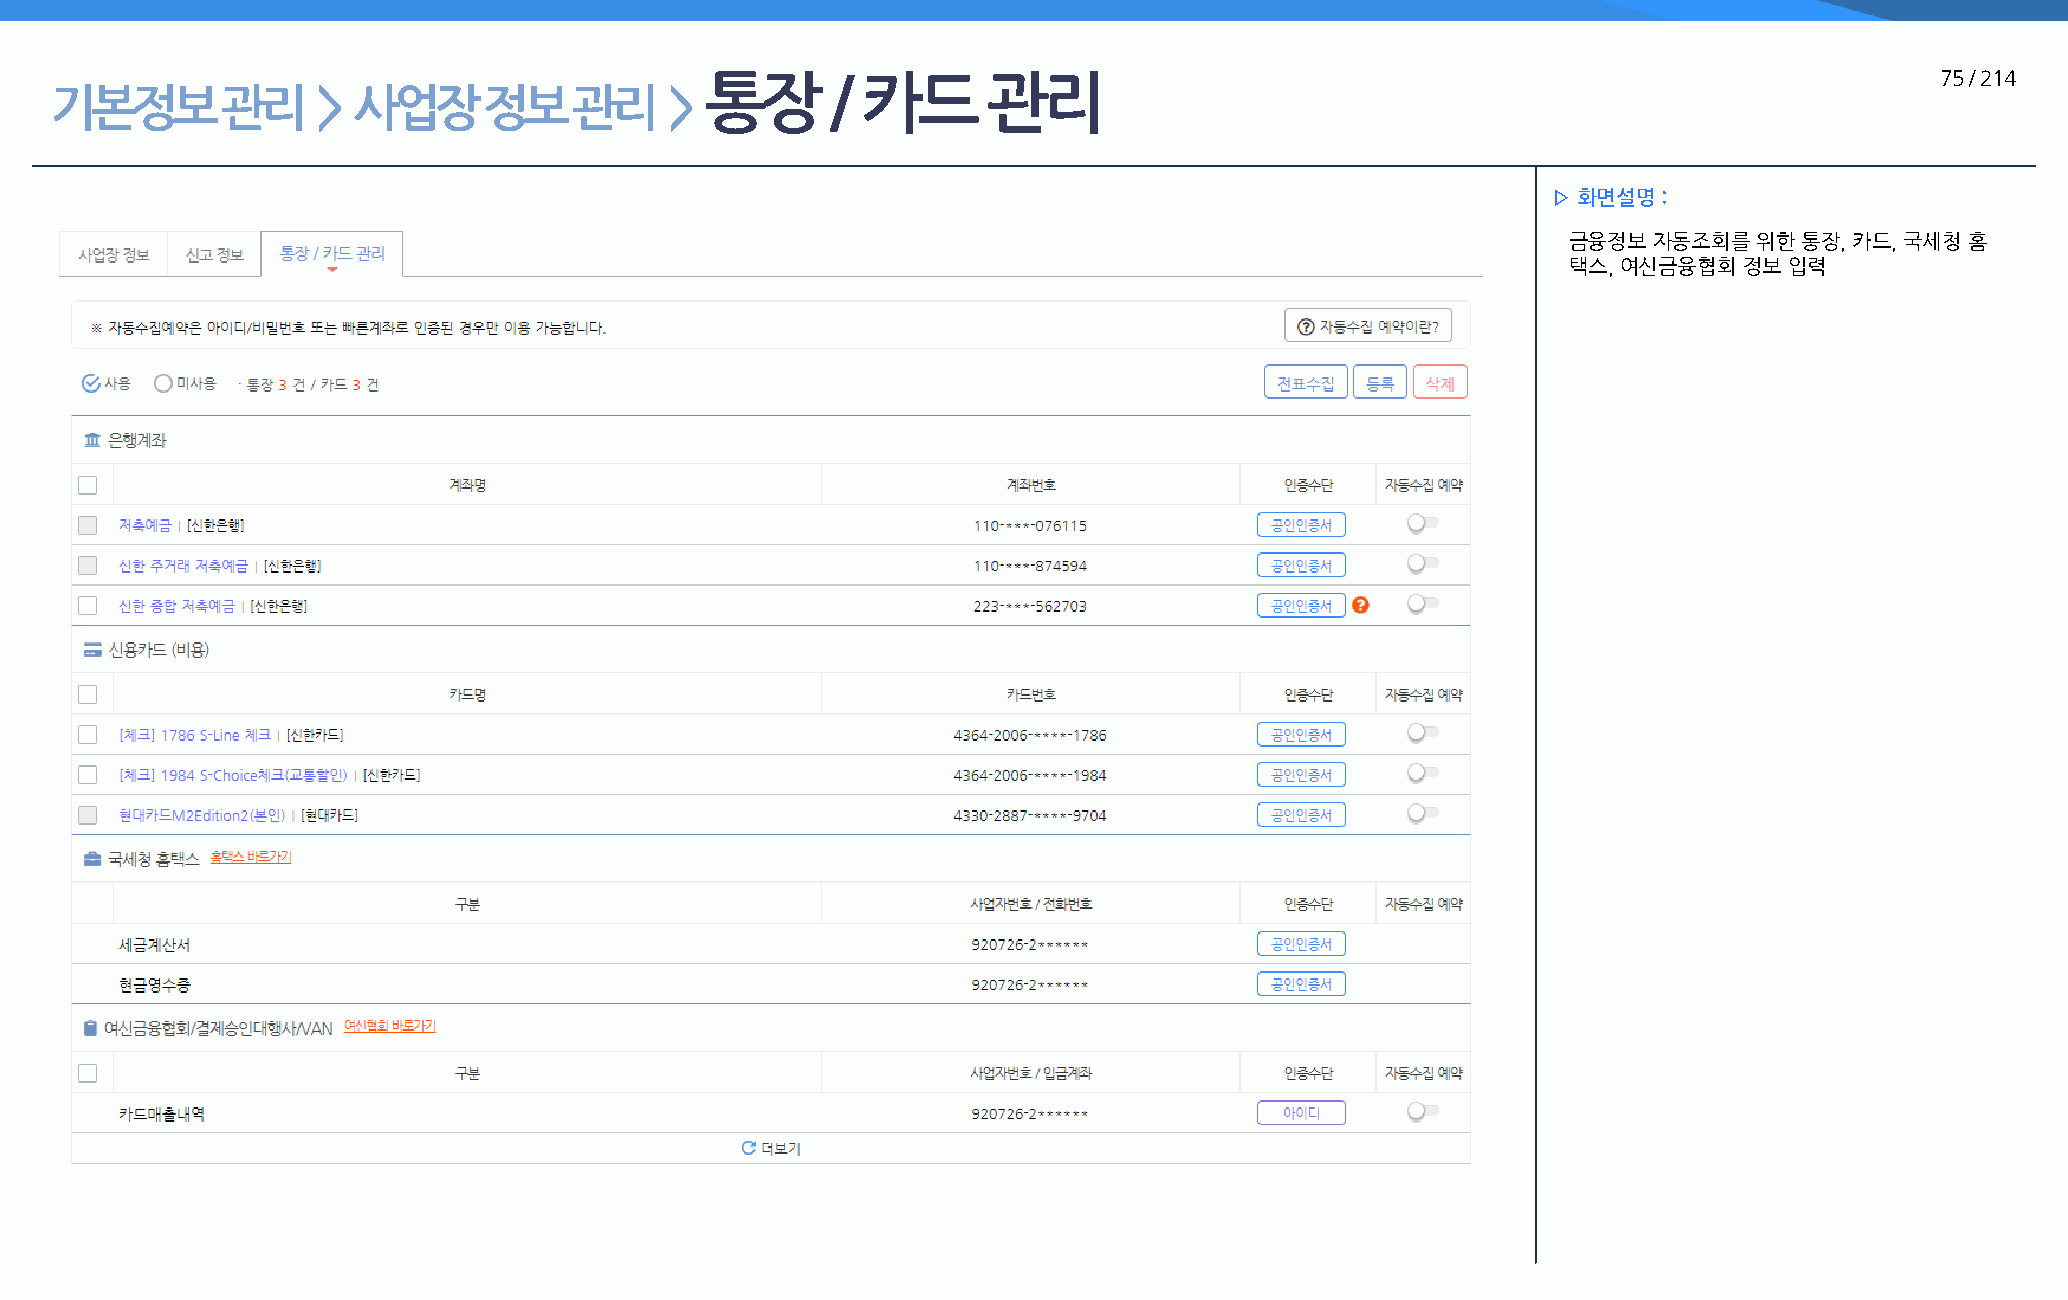
통장      / 카드      관리                                                             75 / 214
 기본정보        관리    > 사업장      정보    관리    >
 ▷ 화면설명 :
 금융정보 자동조회를  위한 통장, 카드, 국세청 홈
 택스, 여신금융협회 정보 입력